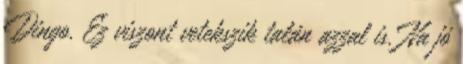
Dingo. Ez viszont vetekszik talán azzal is. Na jó